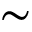
\sim